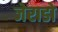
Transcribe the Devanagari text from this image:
जेराडो